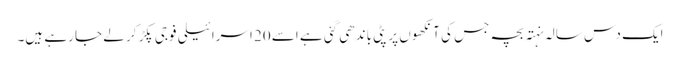
ایک دس سالہ نہتہ بچہ جس کی آنکھوں پر پٹی باندھی گئی ہے اسے 20 اسرائیلی فوجی پکڑ کر لے جا رہے ہیں۔